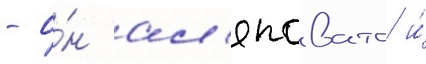
- о́н ал'яповато и́